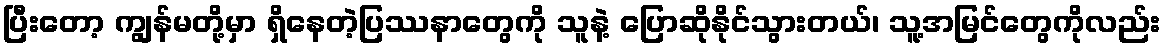
ပြီးတော့ ကျွန်မတို့မှာ ရှိနေတဲ့ပြဿနာတွေကို သူနဲ့ ပြောဆိုနိုင်သွားတယ်၊ သူ့အမြင်တွေကိုလည်း